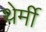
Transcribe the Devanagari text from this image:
थेर्मी